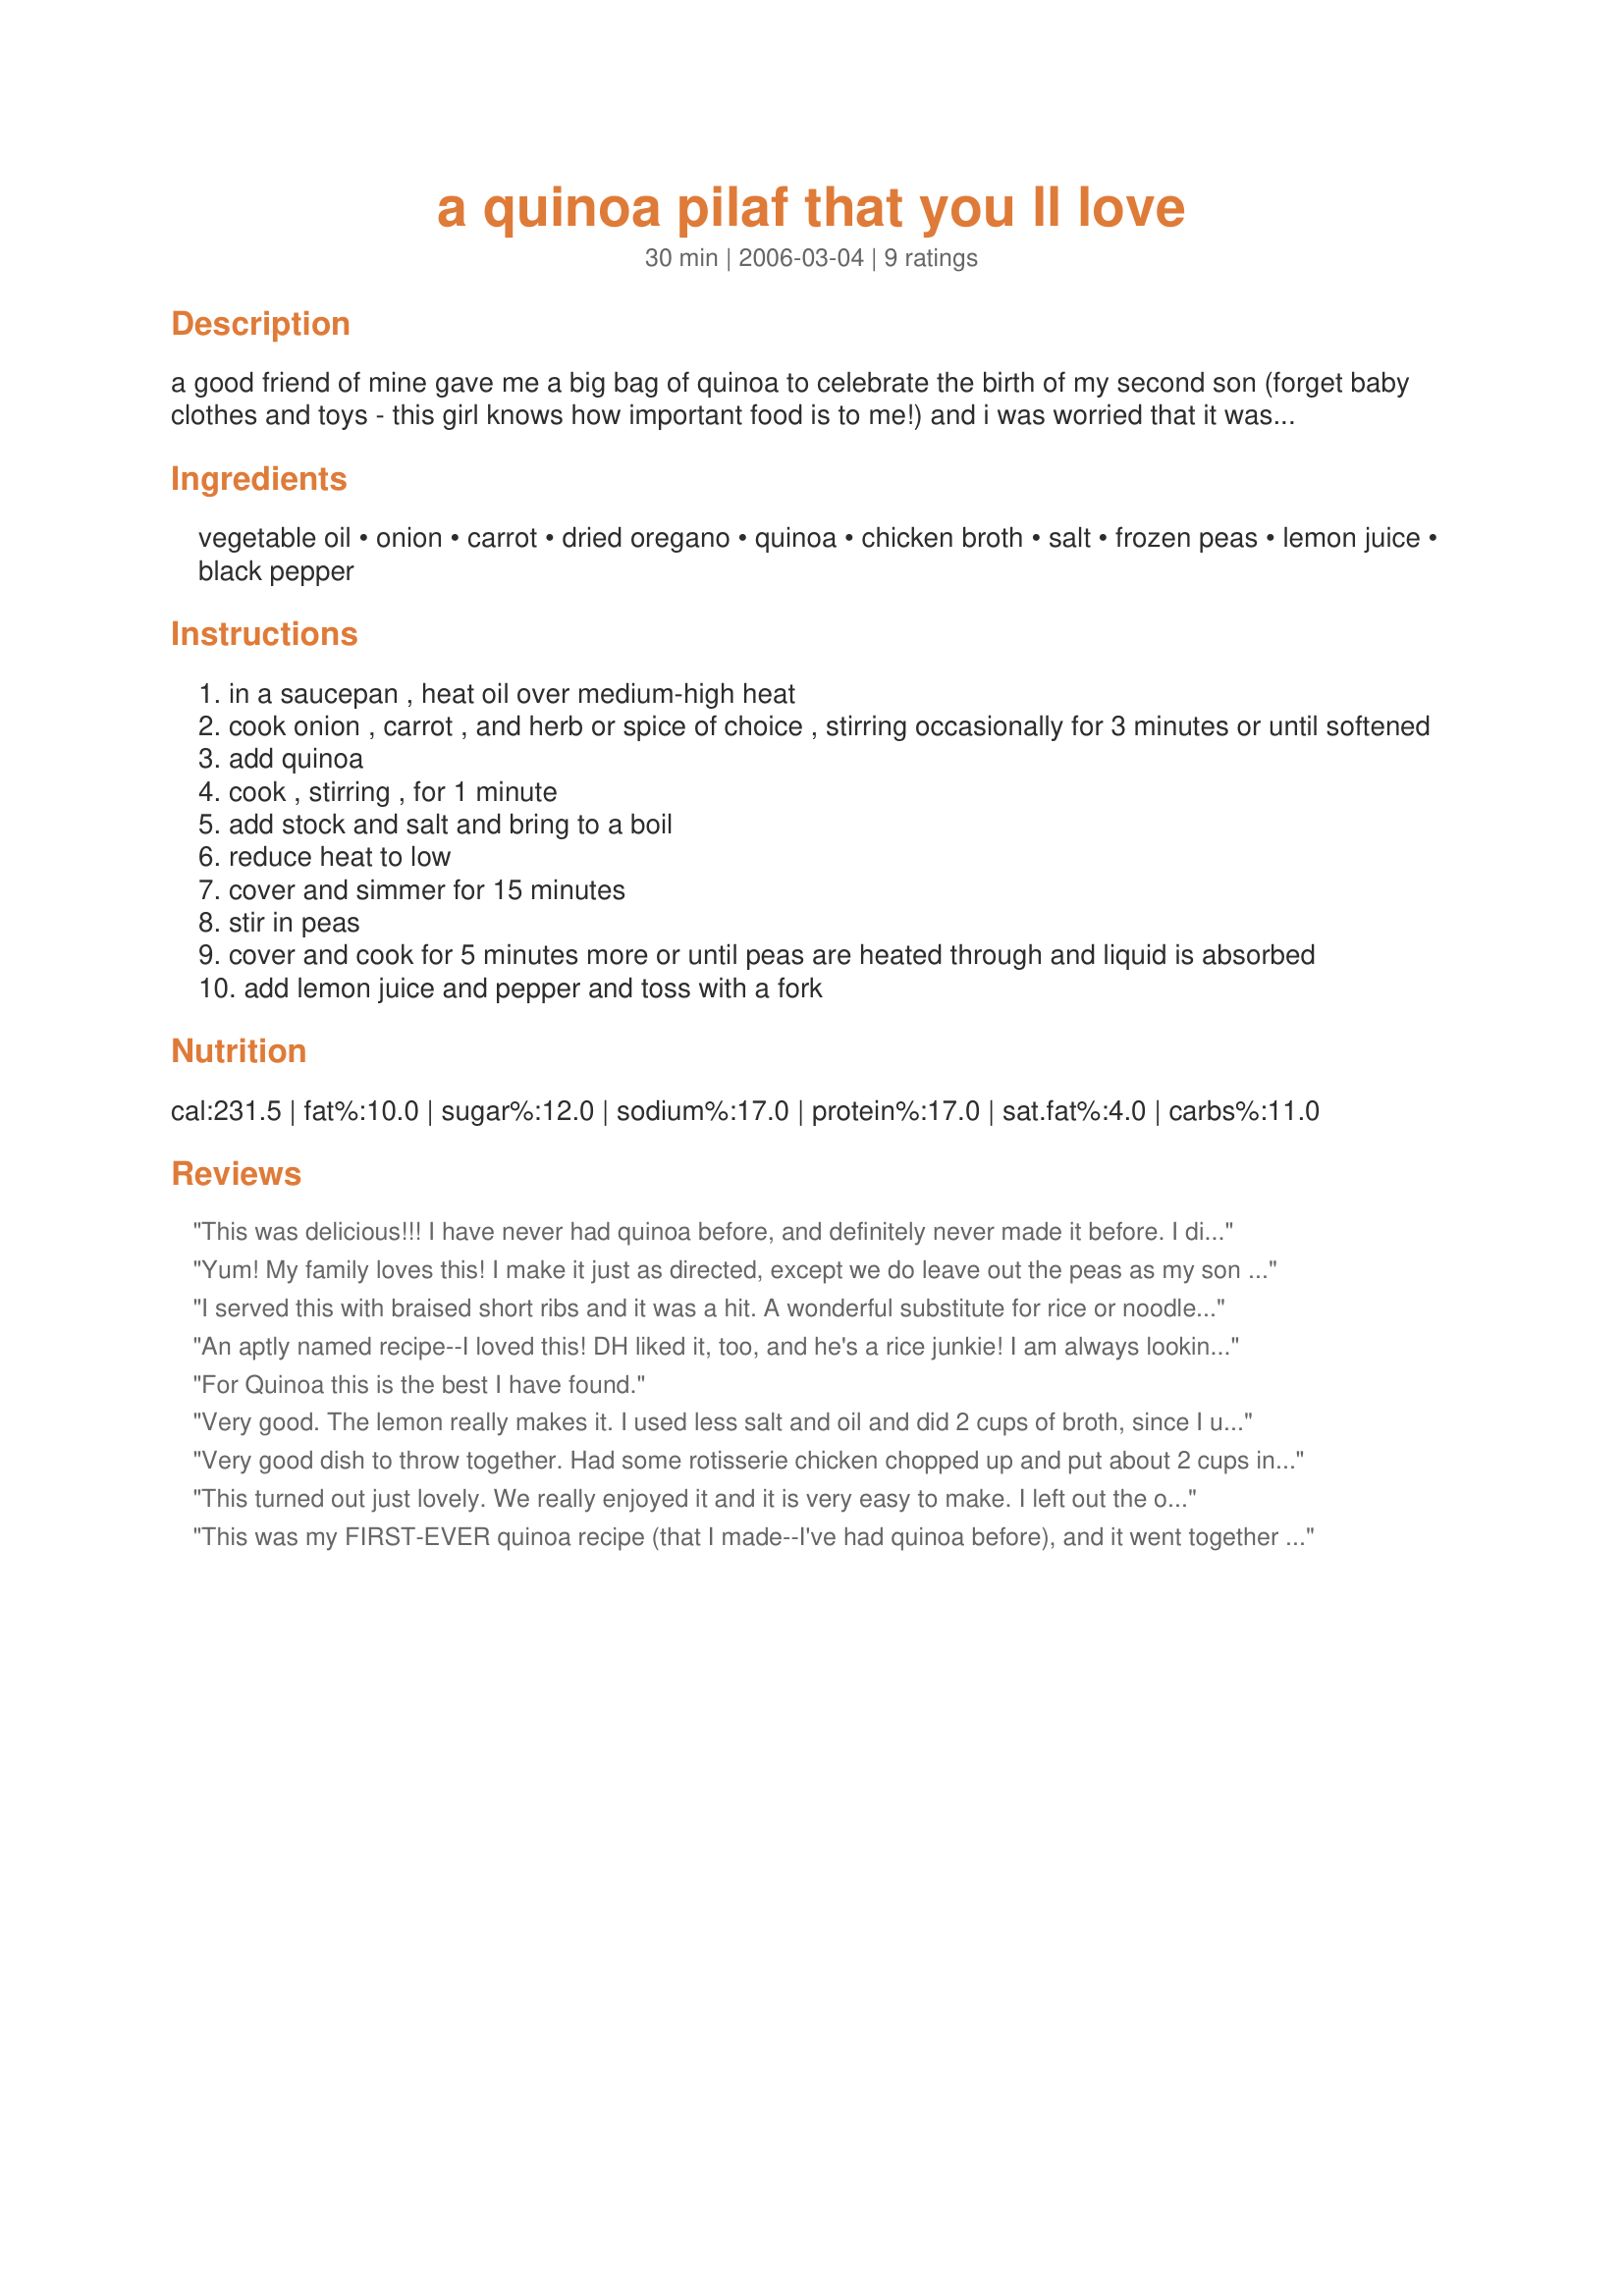
a quinoa pilaf that you ll love
Preparation time: 30 minutes

a good friend of mine gave me a big bag of quinoa to celebrate the birth of my second son (forget baby clothes and toys - this girl knows how important food is to me!) and i was worried that it was too healthy to taste good. was i ever wrong! i found this recipe in the complete canadian living cookbook as a variation of rice pilaf. i have made a version with couscous and enjoyed it, but always wished it was whole grain. this version tastes almost exactly like the couscous, but with the added benefit of whole grain and a pile of protein. it is now a regular side dish in our household and you can complement the taste of whatever else you're eating by varying the spices. if you've never tried quinoa before, this is the recipe to experiment with. enjoy!

Ingredients:
vegetable oil, onion, carrot, dried oregano, quinoa, chicken broth, salt, frozen peas, lemon juice, black pepper

Steps:
in a saucepan , heat oil over medium-high heat
cook onion , carrot , and herb or spice of choice , stirring occasionally for 3 minutes or until softened
add quinoa
cook , stirring , for 1 minute
add stock and salt and bring to a boil
reduce heat to low
cover and simmer for 15 minutes
stir in peas
cover and cook for 5 minutes more or until peas are heated through and liquid is absorbed
add lemon juice and pepper and toss with a fork

Reviews:
This was delicious!!! I have never had quinoa before, and definitely never made it before. I did make a few changes. First I toasted the quinoa, then i fried up some chopped bacon and cooked the veggies in the drippings. I also added a clove of garlic, celery, and about 1/4 - 1/3 cup of chopped mushrooms. Also, I used a vegetable boullion cube in place of chicken stock, as that is what I had available. turned out sensational!!!!! Next time I think I'll add some red peppers or some other colorful veggies to it to give it some pop of color.
Yum! My family loves this! I make it just as directed, except we do leave out the peas as my son has a legume allergy. Very tasty!
I served this with braised short ribs and it was a hit. A wonderful substitute for rice or noodles. I even forgot the lemon juice and it was still great. Thank you.
An aptly named recipe--I loved this! DH liked it, too, and he's a rice junkie! I am always looking for new ways to use quinoa. I used healthy shakes of oregano, garlic powder, and thyme for the spices. Thanks for posting!
For Quinoa this is the best I have found.
Very good. The lemon really makes it. I used less salt and oil and did 2 cups of broth, since I usually use the same ratio that is on the box.
Very good dish to throw together. Had some rotisserie chicken chopped up and put about 2 cups in. Great main dish - hot and cold!
This turned out just lovely. We really enjoyed it and it is very easy to make. I left out the oil and used veggie stock, due to my dietary requirements. I had to leave out the peas because it turns out we did not have any. I also roasted the quinoa in the pan before cooking. I learned this trick with quinoa a while back and it really ups the taste of it. I know that is a lot of changes, but really I still felt that it did not change the integrity of the recipe. I will make this again for sure. The lemon juice is what really makes this dish. Thank you for posting, would make it again for sure.
This was my FIRST-EVER quinoa recipe (that I made--I've had quinoa before), and it went together so nicely! I used home-made chicken broth since we have about 40 quarts in our food room!

*Made for PAC Spring 2007*
